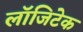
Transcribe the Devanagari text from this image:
लॉजिटेक